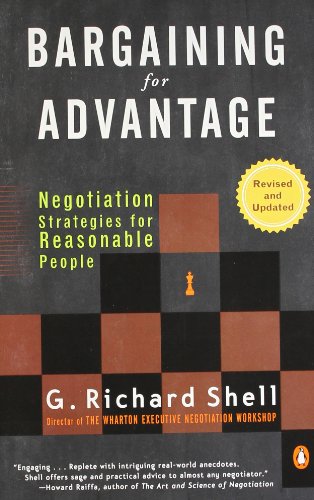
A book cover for Bargaining for Advantage: Negotiation Strategies for Reasonable People 2nd Edition; G. Richard Shell; Business & Money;